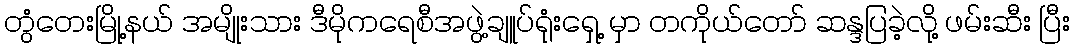
တွံတေးမြို့နယ် အမျိုးသား ဒီမိုကရေစီအဖွဲ့ချူပ်ရုံးရှေ့ မှာ တကိုယ်တော် ဆန္ဒပြခဲ့လို့ ဖမ်းဆီး ပြီး